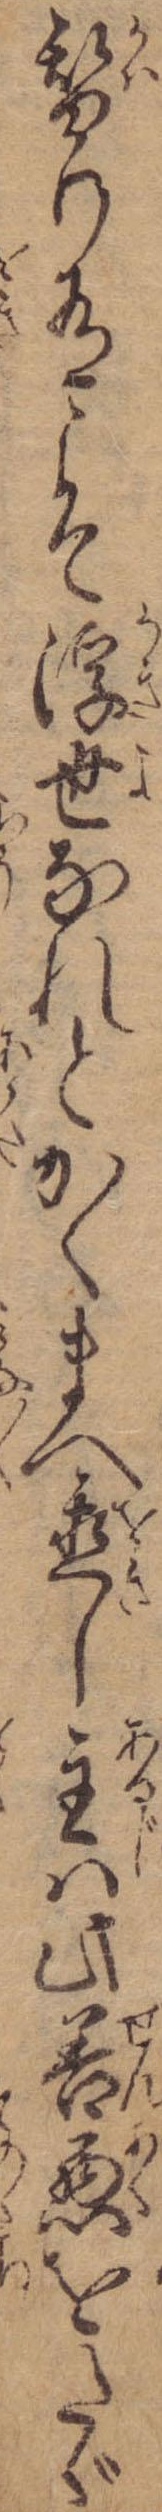
替り有こそ浮世なれとかくまへ置し主は此善悪をたゞ